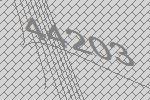
44203